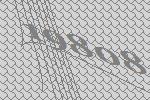
19808